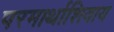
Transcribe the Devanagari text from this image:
परमार्थाशिवाय